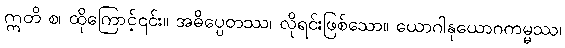
ဣတိ စ၊ ထိုကြောင့်၎င်း။ အဓိပ္ပေတဿ၊ လိုရင်းဖြစ်သော။ ယောဂါနုယောဂကမ္မဿ၊